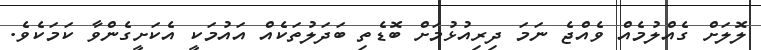
ލޮލަށް ގެއްލުމެއް ވެއްޖެ ނަމަ ދިރިއުޅުމަށް ބޮޑެތި ބަދަލުތަކެއް އައުމަކީ އެކަށީގެންވާ ކަމަކެވެ.